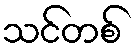
သင်တစ်